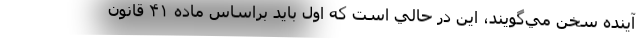
آينده سخن مي‌گويند، اين در حالي است كه اول بايد براساس ماده ۴۱ قانون